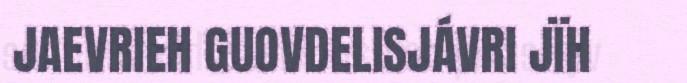
JAEVRIEH GUOVDELISJÁVRI JÏH